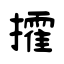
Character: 攉